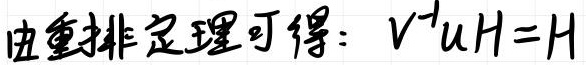
由重排定理可得：$V^{-1}uH = H$